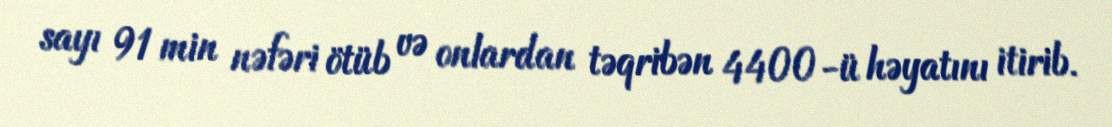
sayı 91 min nəfəri ötüb və onlardan təqribən 4400-ü həyatını itirib.